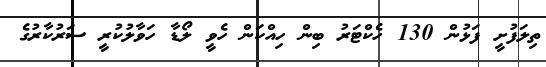
ތިލަފުށީ ފަޅުން 130 ހެކްޓަރު ބިން ހިއްކަން ހެވީ ލޯޑާ ހަވާލުކުރީ ސަރުކާރުގެ